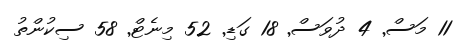
11 މަސް